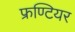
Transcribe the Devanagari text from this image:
फ्रण्टियर